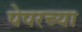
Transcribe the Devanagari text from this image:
पेपरच्या